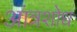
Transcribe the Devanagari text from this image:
आंत्रशोध